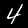
Digit: 4